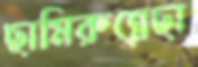
ছামিরুন্নেছা